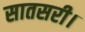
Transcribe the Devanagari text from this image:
सातसरी।